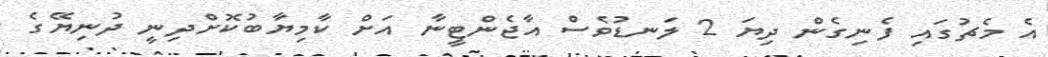
އެ މެޗުގައި ފެނިގެން ދިޔަ 2 ލަނޑުވެސް އާޖެންޓީނާ އަށް ކާމިޔާބުކޮށްދިނީ ދުނިޔޭގެ